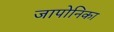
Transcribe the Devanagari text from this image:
जापोनिका